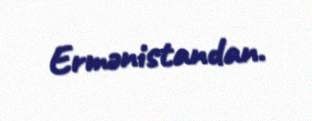
Ermənistandan.